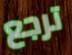
ترجع